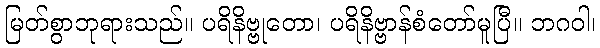
မြတ်စွာဘုရားသည်။ ပရိနိဗ္ဗုတော၊ ပရိနိဗ္ဗာန်စံတော်မူပြီ။ ဘဂဝါ၊